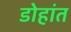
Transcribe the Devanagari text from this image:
डोहांत